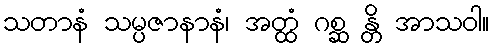
သတာနံ သမ္ပဇာနာနံ၊ အတ္ထံ ဂစ္ဆ န္တိ အာသဝါ။